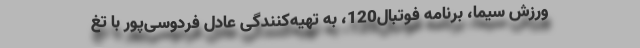
ورزش سیما، برنامه فوتبال120، به تهیه‌کنندگی عادل فردوسی‌پور با تغ